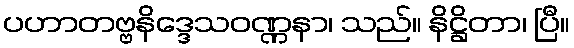
ပဟာတဗ္ဗနိဒ္ဒေသဝဏ္ဏနာ၊ သည်။ နိဋ္ဌိတာ၊ ပြီ။